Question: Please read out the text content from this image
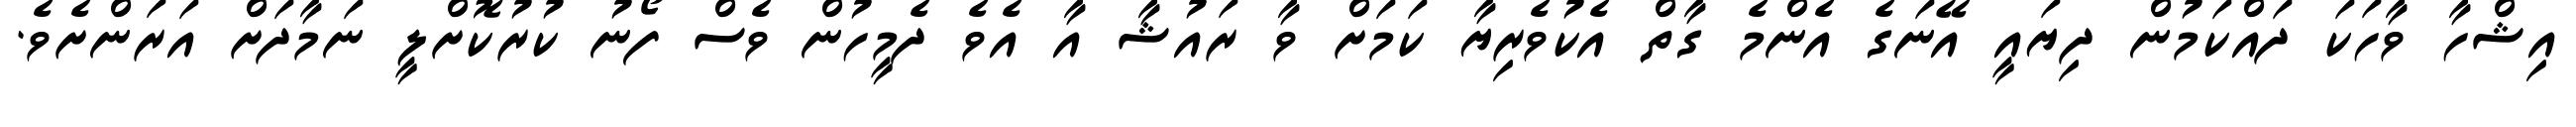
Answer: އިޝްހާ ވާހަކަ ދައްކަމުން ދިޔައީ އޭނަގެ އެންމެ ގާތް އެކުވެރިޔާ ކަމަށް ވާ ރައުޝާ އާ އެވެ ދެމީހުން ވެސް ފޯނު ކުރުކޮށްލީ ނަމާދަށް އަރަންށެވެ.